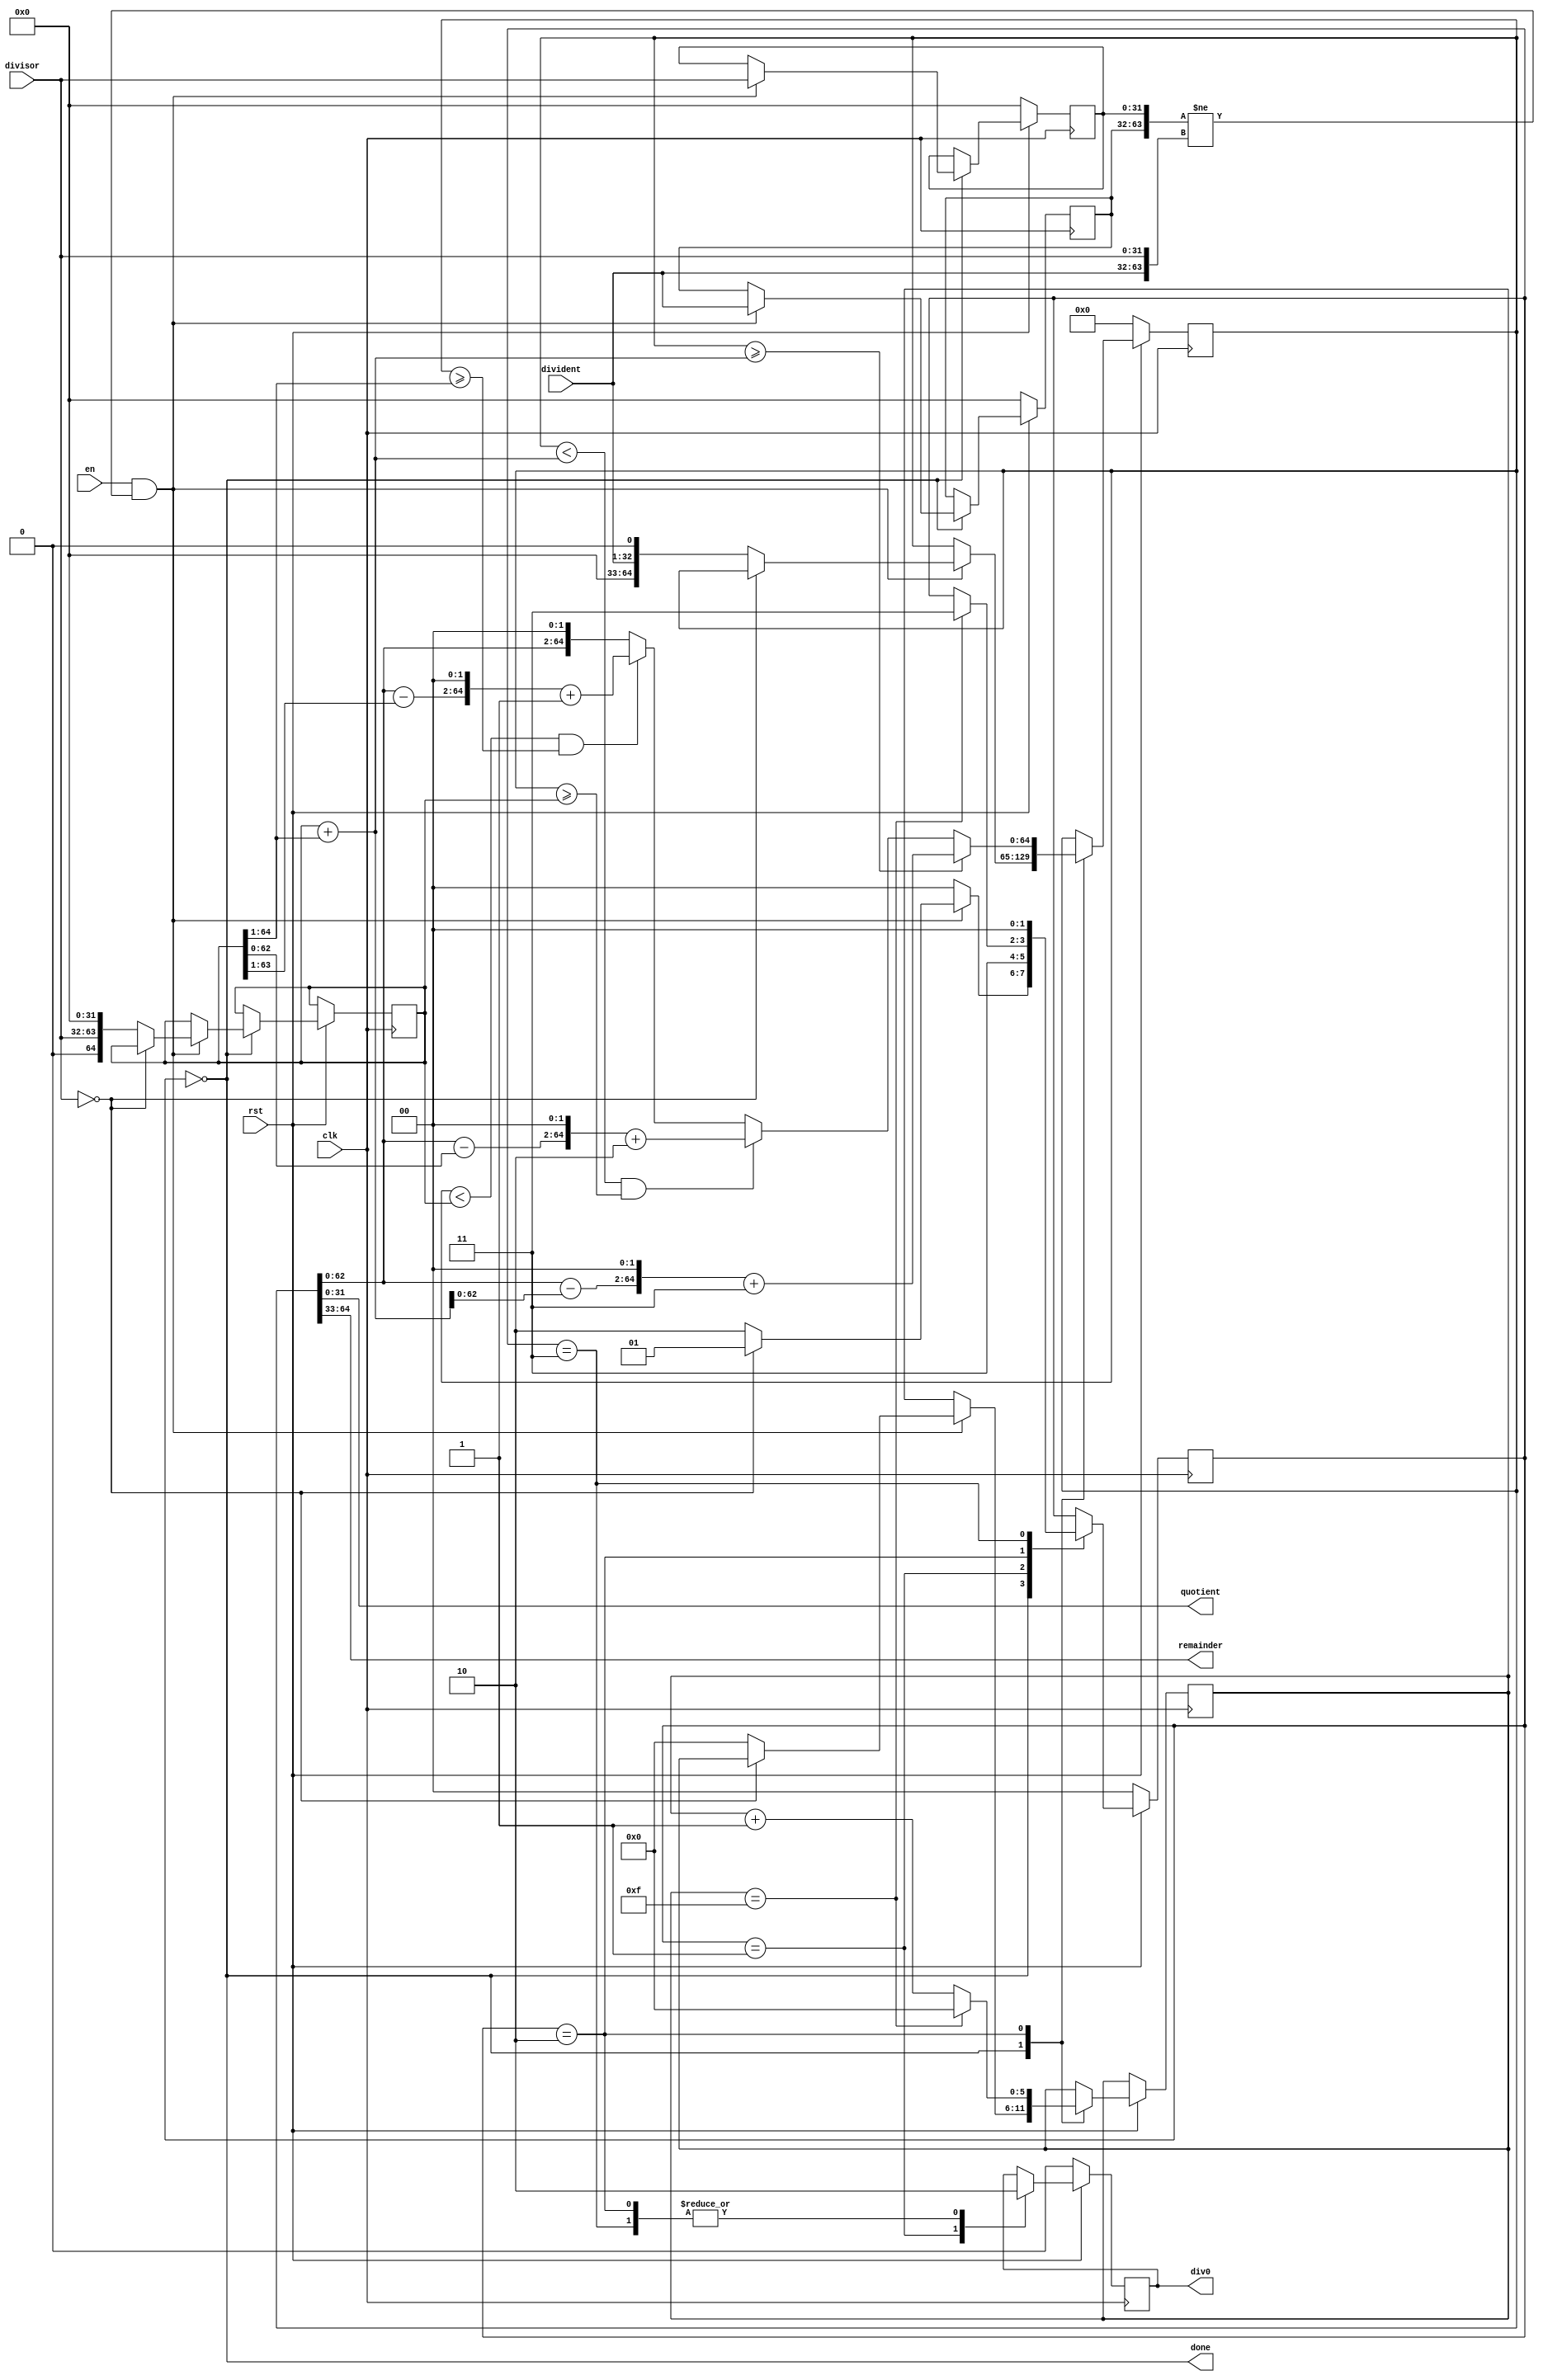
module Divider16t(
    input clk,
    input rst,
    input en,
    input [31:0] divident,
    input [31:0] divisor,
    output [31:0] quotient,
    output [31:0] remainder,
    output reg div0,
    output done
);

    parameter kDivFree = 2'b00, kDivByZero = 2'b01,
              kDivOn = 2'b10, kDivEnd = 2'b11;

    reg[64:0] reg_result;    // reg for result {remainder, 1'b0, quotient}
    reg[64:0] reg_d;         // divisor * 1
    reg[5:0] i;
    reg[1:0] state;

    wire[64:0] mind;         // divisor * 0.5
    wire[64:0] maxd;         // divisor * 1.5

    reg[31:0] last_divident, last_divisor;
    wire start_flag = {last_divident, last_divisor} != {divident, divisor};

    assign mind = reg_d >> 1;
    assign maxd = reg_d + mind;
    assign quotient = reg_result[31:0];
    assign remainder = reg_result[64:33];
    assign done = state == kDivFree;

    always @(posedge clk) begin
        if (!rst) begin
            state <= kDivFree;
            div0 <= 0;
            reg_result <= 0;
            last_divident <= 0;
            last_divisor <= 0;
        end
        else begin
            case (state)
                kDivFree: begin
                    if (en && start_flag) begin
                        last_divident <= divident;
                        last_divisor <= divisor;
                        if (!divisor) begin
                            state <= kDivByZero;
                        end
                        else begin
                            state <= kDivOn;
                            reg_result <= {32'b0, divident, 1'b0};
                            reg_d <= {1'b0, divisor, 32'b0};
                            i <= 6'b0;
                        end
                    end
                    else begin
                        state <= kDivFree;
                    end
                end
                kDivByZero: begin
                    div0 <= 1;
                    state <= kDivEnd;
                end
                kDivOn: begin
                    i <= i + 1;
                    div0 <= 0;
                    if (reg_result >= maxd) begin
                        reg_result <= ((reg_result - maxd) << 2) + 2'b11;
                    end
                    else if (reg_result < maxd && reg_result >= reg_d) begin
                        reg_result <= ((reg_result - reg_d) << 2) + 2'b10;
                    end
                    else if (reg_result < reg_d && reg_result >= mind) begin
                        reg_result <= ((reg_result - mind) << 2) + 2'b01;
                    end
                    else begin
                        reg_result <= reg_result << 2;
                    end
                    if (i == 15) begin
                        i <= 0;
                        state <= kDivEnd;
                    end
                end
                kDivEnd: begin
                    div0 <= 0;
                    state <= kDivFree;
                end
                default:;
            endcase
        end
    end

endmodule